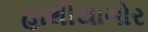
હાથીયાગોર